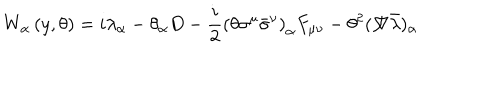
W _ { \alpha } \left( y , \theta \right) = i \lambda _ { \alpha } - \theta _ { \alpha } D - \frac { i } { 2 } \left( \theta \sigma ^ { \mu } \bar { \sigma } ^ { \nu } \right) _ { \alpha } F _ { \mu \nu } - \theta ^ { 2 } ( \not \! \nabla \bar { \lambda } ) _ { \alpha }